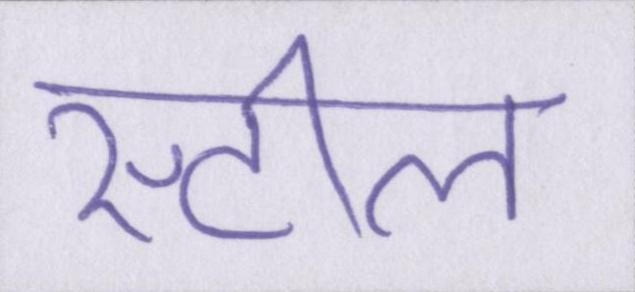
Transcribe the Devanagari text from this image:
स्टील